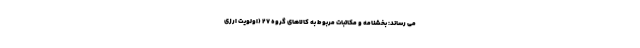
می رساند: بخشنامه و مکاتبات مربوط به کالاهای گر‌وه ۲۷ (اولویت ارزی